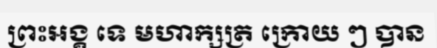
ព្រះអង្គ ទេ មហាក្សត្រ ក្រោយ ៗ បាន